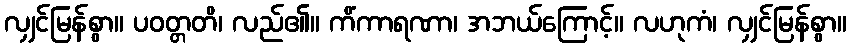
လျှင်မြန်စွာ။ ပဝတ္တတိ၊ လည်၏။ ကိံကာရဏာ၊ အဘယ်ကြောင့်။ လဟုကံ၊ လျှင်မြန်စွာ။